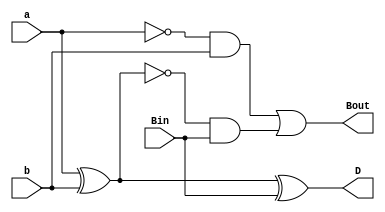
`timescale 1ns / 1ps
module full_sub(input a, b, Bin, output D, Bout);
  assign D = a ^ b ^ Bin;
  assign Bout = (~a & b) | (~(a ^ b) & Bin);
endmodule